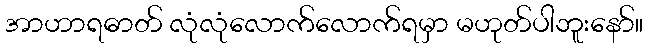
အာဟာရဓာတ် လုံလုံလောက်လောက်ရမှာ မဟုတ်ပါဘူးနော်။